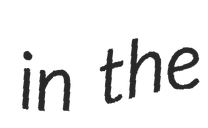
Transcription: in the